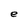
Character: e